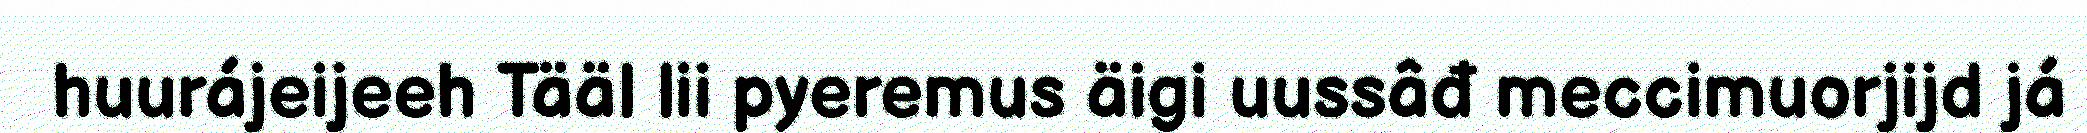
huurájeijeeh Tääl lii pyeremus äigi uussâđ meccimuorjijd já